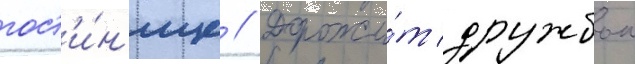
гост'и́н'ице // Дорожи́т дружбои